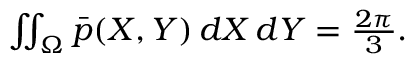
\begin{array} { r } { \iint _ { \Omega } \Bar { p } ( X , Y ) \, d X \, d Y = \frac { 2 \pi } { 3 } . } \end{array}